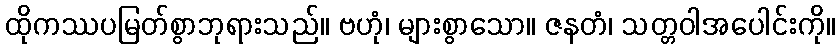
ထိုကဿပမြတ်စွာဘုရားသည်။ ဗဟုံ၊ များစွာသော။ ဇနတံ၊ သတ္တဝါအပေါင်းကို။